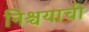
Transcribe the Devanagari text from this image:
निश्चयाची